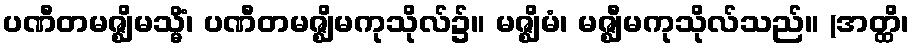
ပဏီတမဇ္ဈိမသ္မိံ၊ ပဏီတမဇ္ဈိမကုသိုလ်၌။ မဇ္ဈိမံ၊ မဇ္ဈီမကုသိုလ်သည်။ (အတ္ထိ၊